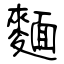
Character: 麵